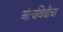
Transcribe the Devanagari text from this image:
अंत्यविधीचा